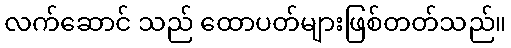
လက်ဆောင် သည် ထောပတ်များဖြစ်တတ်သည်။